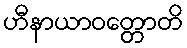
ဟီနာယာဝတ္တောတိ